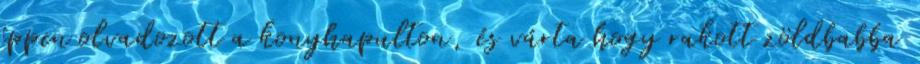
éppen olvadozott a konyhapulton, és várta hogy rakott zöldbabba